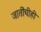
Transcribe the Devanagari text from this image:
जातींचीही